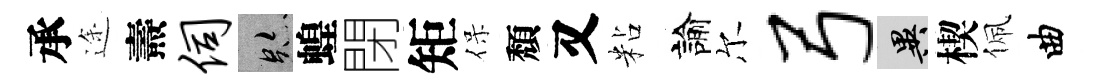
承途燾伺跡蝗閉矩保頽又粘諭尔弓异楔佩曲